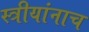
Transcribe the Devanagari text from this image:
स्त्रीयांनाच